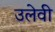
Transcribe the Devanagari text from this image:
उलेवी